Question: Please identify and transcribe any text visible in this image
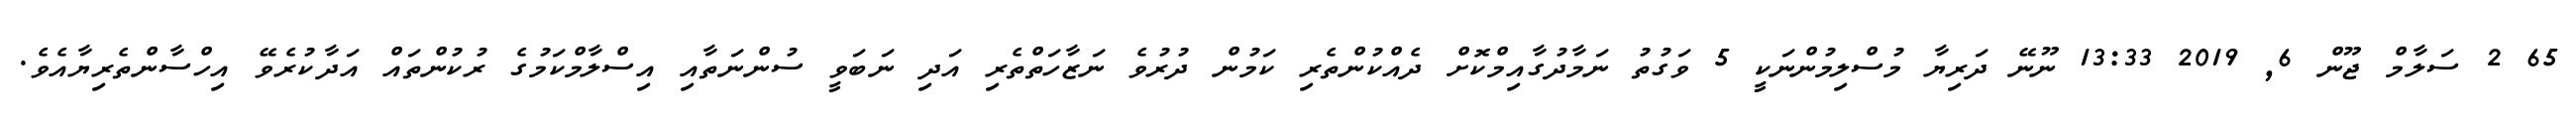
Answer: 65 2 ސަލާމް ޖޫން 6, 2019 13:33 ނޫނޭ ދަރިޔާ މުސްލިމުންނަކީ 5 ވަގުތު ނަމާދުގާއިމްކޮށް ދެއްކުންތެރި ކަމުން ދުރުވެ ނަޒާހަތްތެރި އަދި ނަބަވީ ސުންނަތާއި އިސްލާމްކަމުގެ ރުކުންތައް އަދާކުރެވޭ އިހްސާންތެރިޔާއެވެ.